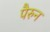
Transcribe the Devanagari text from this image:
पैरुन